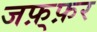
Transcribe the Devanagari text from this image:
जफ़्फ़र